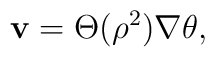
{\bf v} = \Theta({\rho}^2) \nabla \theta,